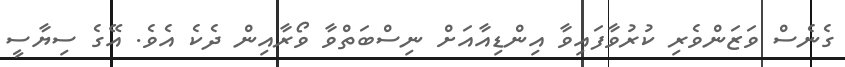
ގެނެސް ވަޒަންވެރި ކުރުވާފައިވާ އިންޑިއާއަށް ނިސްބަތްވާ ވޯރާއިން ދެކެ އެވެ. އޭގެ ސިޔާސީ